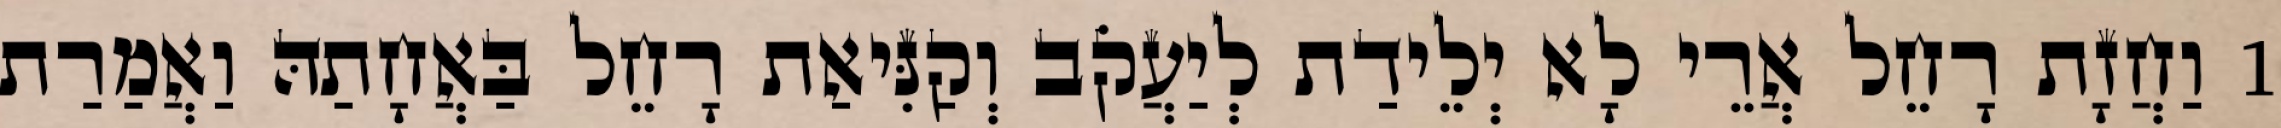
1 וַחֲזָת רָחֵל אֲרֵי לָא יְלֵידַת לְיַעֲקֹב וְקַנִּיאַת רָחֵל בַּאֲחָתַהּ וַאֲמַרַת